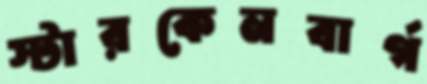
স্টারকেনবার্গ